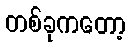
တစ်ခုကတော့